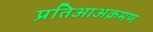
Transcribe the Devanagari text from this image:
प्रतिआअक्रमण